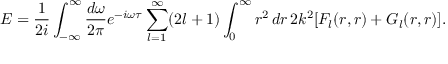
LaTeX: E = { \frac { 1 } { 2 i } } \int _ { - \infty } ^ { \infty } { \frac { d \omega } { 2 \pi } } e ^ { - i \omega \tau } \sum _ { l = 1 } ^ { \infty } ( 2 l + 1 ) \int _ { 0 } ^ { \infty } r ^ { 2 } \, d r \, 2 k ^ { 2 } [ F _ { l } ( r , r ) + G _ { l } ( r , r ) ] .